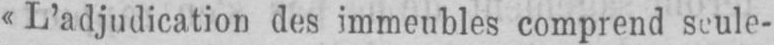
«L’adjudication des immeubles comprend seule-